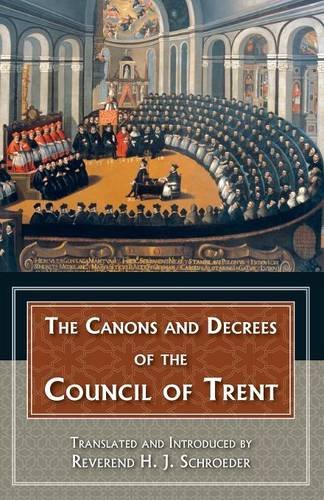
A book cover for The Canons and Decrees of the Council Of Trent; Fathers of the Church; Christian Books & Bibles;